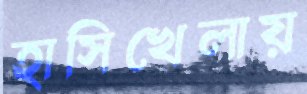
হাসিখেলায়